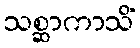
သစ္ဆာကာသိံ